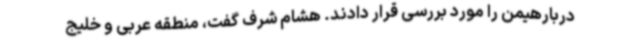
دربارهیمن را مورد بررسی قرار دادند. هشام شرف گفت، منطقه عربی و خلیج